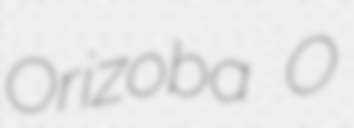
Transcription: Orizoba O